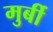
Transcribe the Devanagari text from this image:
मुर्बी